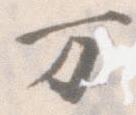
万